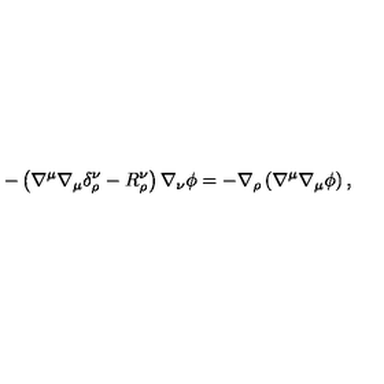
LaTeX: - \left( \nabla ^ { \mu } \nabla _ { \mu } \delta _ { \rho } ^ { \nu } - R _ { \rho } ^ { \nu } \right) \nabla _ { \nu } \phi = - \nabla _ { \rho } \left( \nabla ^ { \mu } \nabla _ { \mu } \phi \right) ,